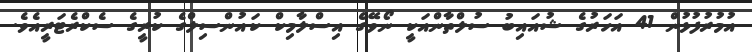
އުމުރުފުޅުން 41 އަހަރުގެ ޝުއައިބު ސުލްތާންއަކީ ނޯވޭގެ އިސްލާމިކް ކައުންސިލްގެ ކުރީގެ ސެކްރެޓަރީއެވެ.